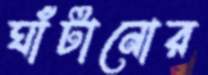
ঘাঁটানোর